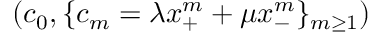
( c _ { 0 } , \{ c _ { m } = \lambda x _ { + } ^ { m } + \mu x _ { - } ^ { m } \} _ { m \ge 1 } )